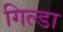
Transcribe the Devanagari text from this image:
गिल्डा